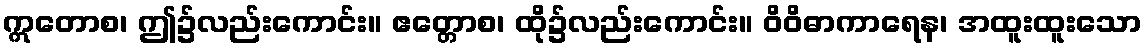
ဣတောစ၊ ဤ၌လည်းကောင်း။ ဧတ္တောစ၊ ထို၌လည်းကောင်း။ ဝိဝိဓာကာရေန၊ အထူးထူးသော